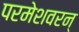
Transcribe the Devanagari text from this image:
परमेशवरन्